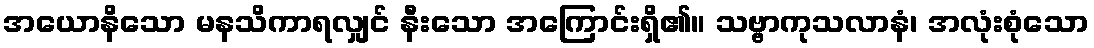
အယောနိသော မနသိကာရလျှင် နီးသော အကြောင်းရှိ၏။ သဗ္ဗာကုသလာနံ၊ အလုံးစုံသော